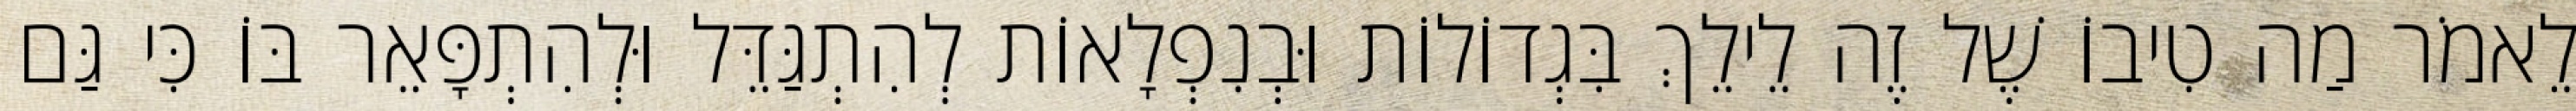
לֵאמֹר מַה טִיבוֹ שֶׁל זֶה לֵילֵךְ בִּגְדוֹלוֹת וּבְנִפְלָאוֹת לְהִתְגַּדֵּל וּלְהִתְפָּאֵר בּוֹ כִּי גַּם